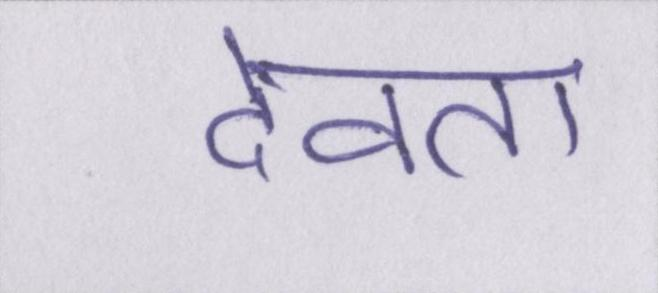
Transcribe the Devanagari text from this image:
देवता